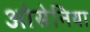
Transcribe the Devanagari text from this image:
ओसेनिया